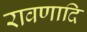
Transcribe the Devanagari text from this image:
रावणादि